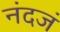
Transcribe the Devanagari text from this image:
नंदजं